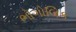
ભોગોલિક